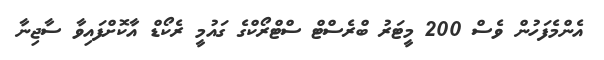
އެންމެފަހުން ވެސް 200 މީޓަރު ބްރެސްޓް ސްޓްރޯކްގެ ގައުމީ ރެކޯޑް އާކޮށްފައިވާ ސާޖިނާ